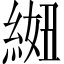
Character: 𫃩